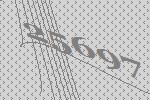
25697